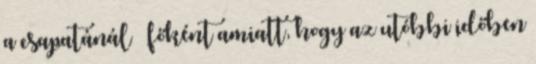
a csapatánál – főként amiatt, hogy az utóbbi időben